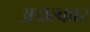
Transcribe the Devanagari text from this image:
अयल्कार